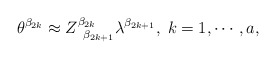
\begin{align*}\theta ^{\beta _{2k}}\approx Z_{\;\;\beta _{2k+1}}^{\beta_{2k}}\lambda ^{\beta _{2k+1}},\;k=1,\cdots ,a,\end{align*}